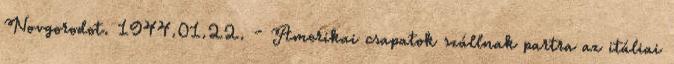
Novgorodot. 1944.01.22. - Amerikai csapatok szállnak partra az itáliai